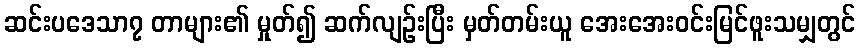
ဆင်းပဒေသာ၇ တာများ၏ မှုတ်၍ ဆက်လျဉ်းပြီး မှတ်တမ်းယူ အေးအေးဝင်းမြင်ဖူးသမျှတွင်